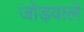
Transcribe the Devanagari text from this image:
जोड़वाले